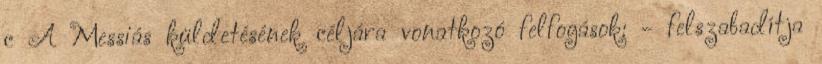
c A Messiás küldetésének céljára vonatkozó felfogások: - felszabadítja